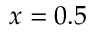
x = 0 . 5